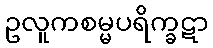
ဥလူကစမ္မပရိက္ခဋာ